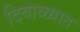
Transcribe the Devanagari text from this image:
दिवाळ्यात